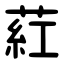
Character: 葒